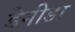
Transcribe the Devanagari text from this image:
डेनीडा